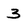
Character: 3